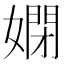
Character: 𡠳